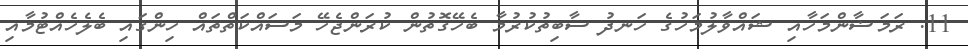
11. ރަމަޟާންމަހާއި ޝައްވާލުމަހުގެ ހަނދު ސާބިތުކުރުމާ ބެހޭގޮތުން ކުރަންޖެހޭ މަސައްކަތްތައް ހިންގައި ބެލެހެއްޓުމާއި